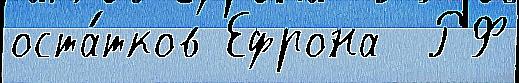
оста́тков Ефрона  РФ